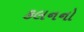
કલનનો